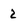
Character: 2